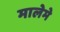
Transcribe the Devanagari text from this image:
मालेमे